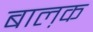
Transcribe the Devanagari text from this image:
बाल़क